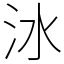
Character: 𣲙